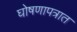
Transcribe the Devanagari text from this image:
घोषणापत्रात